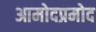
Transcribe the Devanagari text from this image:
आमोदप्रमोद